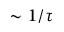
\sim 1 / \tau